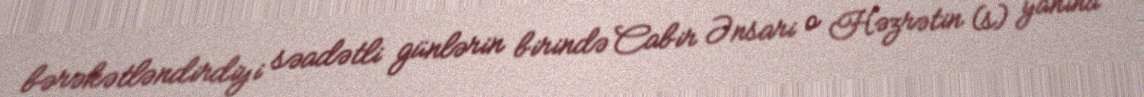
bərəkətləndirdiyi səadətli günlərin birində Cabir Ənsari o Həzrətin (s) yanına